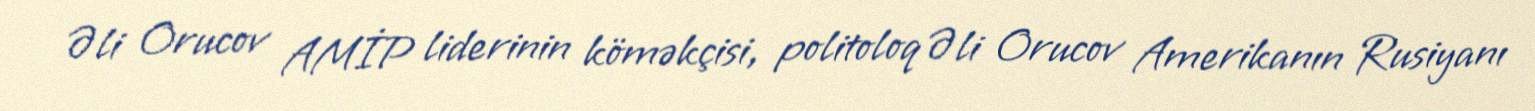
Əli Orucov AMİP liderinin köməkçisi, politoloq Əli Orucov Amerikanın Rusiyanı